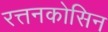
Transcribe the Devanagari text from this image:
रत्तनकोसिन